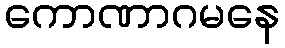
ကောဏာဂမနေ